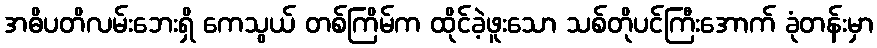
အဓိပတိလမ်းဘေးရှိ ကေသွယ် တစ်ကြိမ်က ထိုင်ခဲ့ဖူးသော သစ်တိုပင်ကြီးအောက် ခုံတန်းမှာ